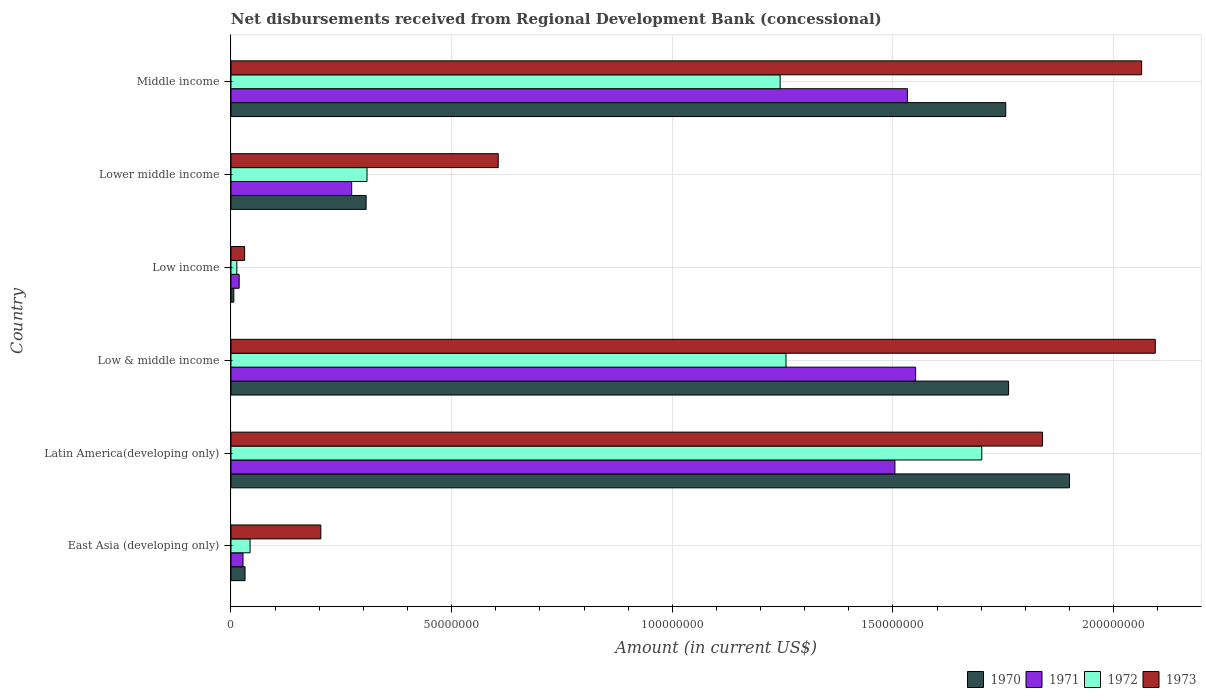
| Country | 1970 | 1971 | 1972 | 1973 |
 | --- | --- | --- | --- | --- |
 | East Asia (developing only) | 3.19e+06 | 2.73e+06 | 4.33e+06 | 2.04e+07 |
 | Latin America(developing only) | 1.9e+08 | 1.5e+08 | 1.7e+08 | 1.84e+08 |
 | Low & middle income | 1.76e+08 | 1.55e+08 | 1.26e+08 | 2.09e+08 |
 | Low income | 6.47e+05 | 1.86e+06 | 1.33e+06 | 3.09e+06 |
 | Lower middle income | 3.06e+07 | 2.74e+07 | 3.08e+07 | 6.06e+07 |
 | Middle income | 1.76e+08 | 1.53e+08 | 1.24e+08 | 2.06e+08 |